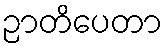
ဉာတိပေတာ